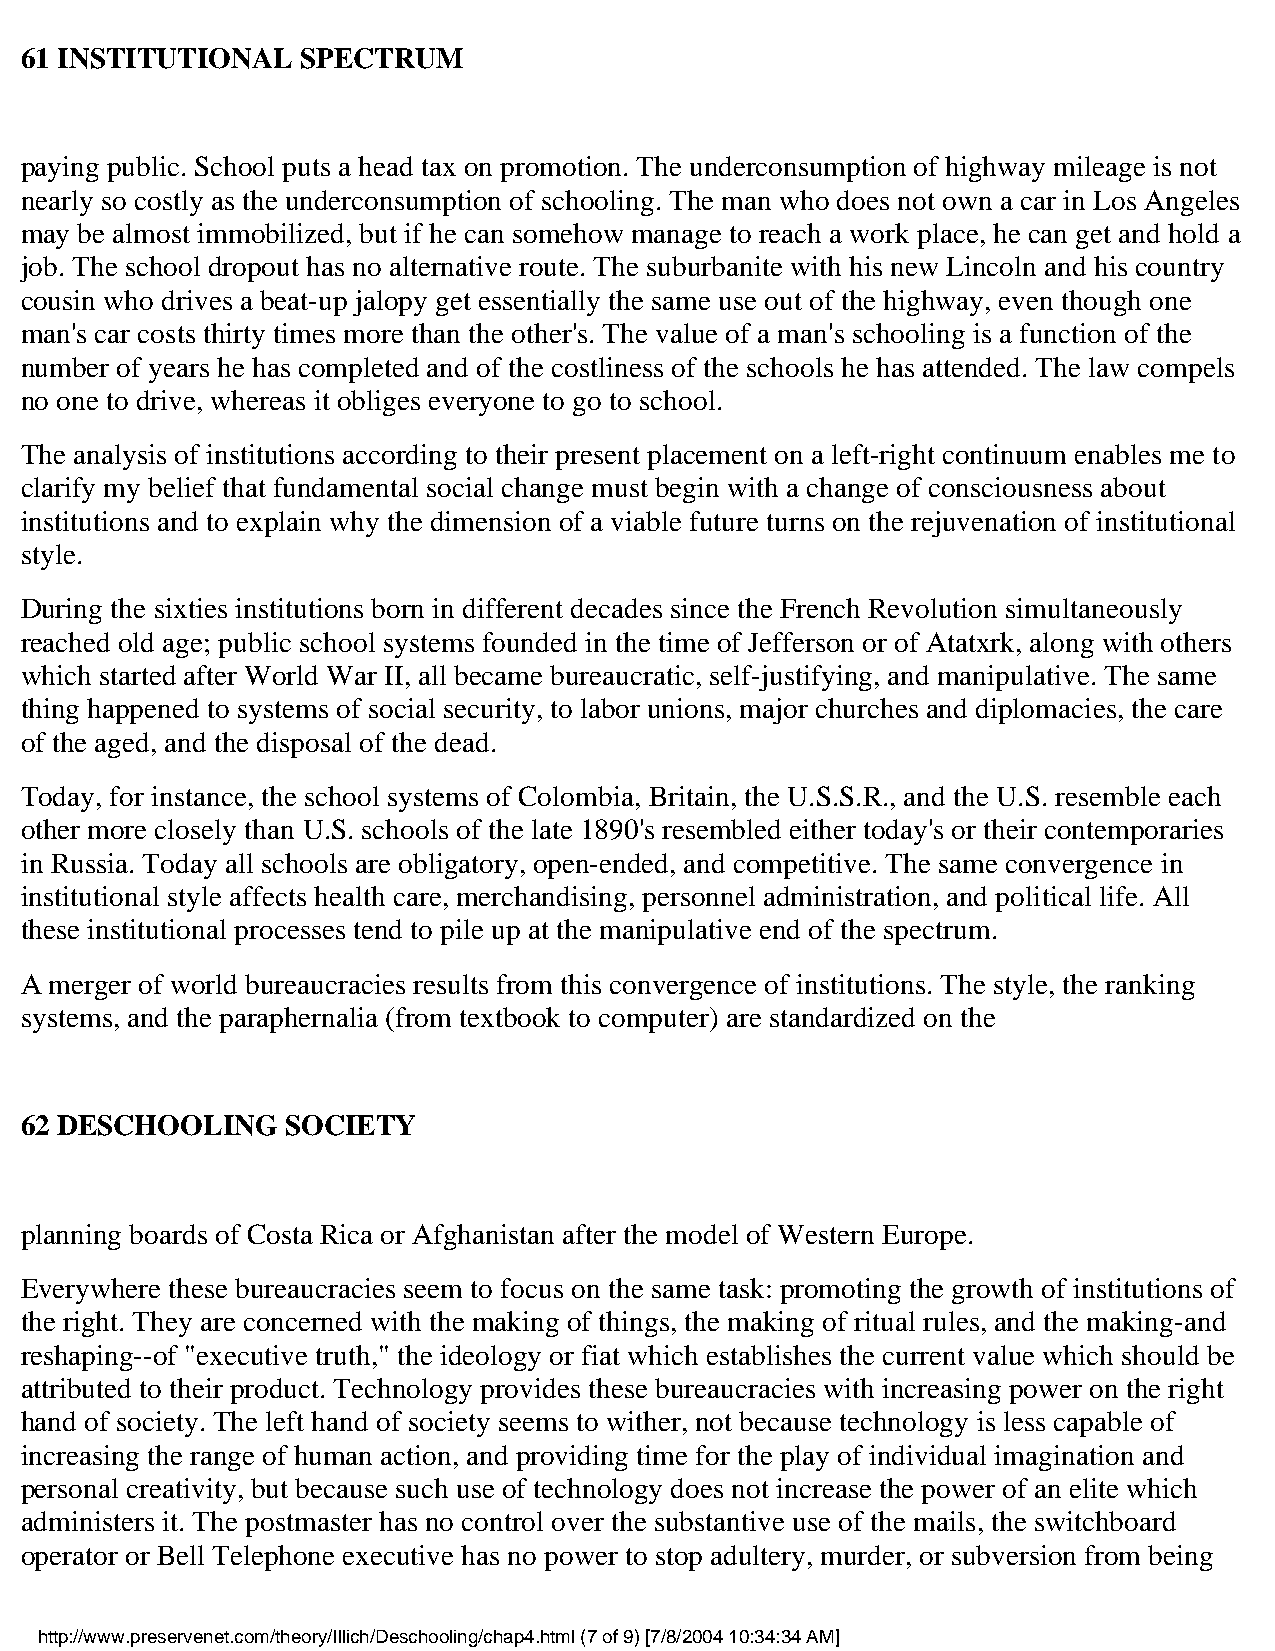
61 INSTITUTIONAL   SPECTRUM
 paying public. School puts a head tax on promotion. The underconsumption of highway mileage is not
 nearly so costly as the underconsumption of schooling. The man who does not own a car in Los Angeles
 may be almost immobilized, but if he can somehow manage to reach a work place, he can get and hold a
 job. The school dropout has no alternative route. The suburbanite with his new Lincoln and his country
 cousin who drives a beat-up jalopy get essentially the same use out of the highway, even though one
 man's car costs thirty times more than the other's. The value of a man's schooling is a function of the
 number of years he has completed and of the costliness of the schools he has attended. The law compels
 no one to drive, whereas it obliges everyone to go to school.
 The analysis of institutions according to their present placement on a left-right continuum enables me to
 clarify my belief that fundamental social change must begin with a change of consciousness about
 institutions and to explain why the dimension of a viable future turns on the rejuvenation of institutional
 style.
 During the sixties institutions born in different decades since the French Revolution simultaneously
 reached old age; public school systems founded in the time of Jefferson or of Atatxrk, along with others
 which started after World War II, all became bureaucratic, self-justifying, and manipulative. The same
 thing happened to systems of social security, to labor unions, major churches and diplomacies, the care
 of the aged, and the disposal of the dead.
 Today, for instance, the school systems of Colombia, Britain, the U.S.S.R., and the U.S. resemble each
 other more closely than U.S. schools of the late 1890's resembled either today's or their contemporaries
 in Russia. Today all schools are obligatory, open-ended, and competitive. The same convergence in
 institutional style affects health care, merchandising, personnel administration, and political life. All
 these institutional processes tend to pile up at the manipulative end of the spectrum.
 A merger of world bureaucracies results from this convergence of institutions. The style, the ranking
 systems, and the paraphernalia (from textbook to computer) are standardized on the
 62 DESCHOOLING    SOCIETY
 planning boards of Costa Rica or Afghanistan after the model of Western Europe.
 Everywhere these bureaucracies seem to focus on the same task: promoting the growth of institutions of
 the right. They are concerned with the making of things, the making of ritual rules, and the making-and
 reshaping--of "executive truth," the ideology or fiat which establishes the current value which should be
 attributed to their product. Technology provides these bureaucracies with increasing power on the right
 hand of society. The left hand of society seems to wither, not because technology is less capable of
 increasing the range of human action, and providing time for the play of individual imagination and
 personal creativity, but because such use of technology does not increase the power of an elite which
 administers it. The postmaster has no control over the substantive use of the mails, the switchboard
 operator or Bell Telephone executive has no power to stop adultery, murder, or subversion from being
 http://www.preservenet.com/theory/Illich/Deschooling/chap4.html (7 of 9) [7/8/2004 10:34:34 AM]